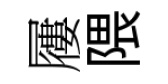
屨隈